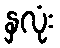
နှလုံး